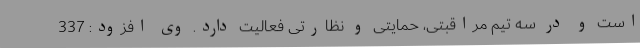
است و در سه تیم مراقبتی، حمایتی و نظارتی فعالیت دارد. وی افزود: 337